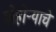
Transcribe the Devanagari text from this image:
मोहोर्‍याचे